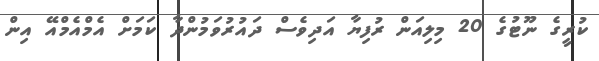
ކުރީގެ ނޫޓުގެ 20 މިލިއަން ރުފިޔާ އަދިވެސް ދައުރުވަމުންދާ ކަމަށް އެމްއެމްއޭ އިން